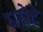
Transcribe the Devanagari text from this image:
घरोटे